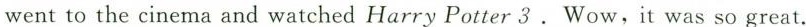
went to the cinema and watched Harry Potter 3. Wow,it was so great.